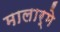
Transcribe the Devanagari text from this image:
मालार्मे